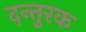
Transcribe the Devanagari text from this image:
दन्तुरक